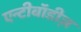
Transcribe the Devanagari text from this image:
एन्टीबॉडीज़